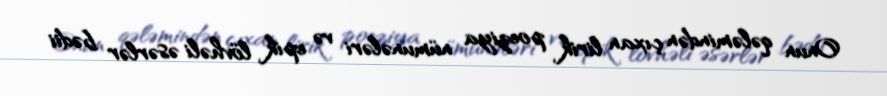
Onun qələmindən çıxan lirik poeziya nümunələri və epik lövhəli əsərlər bədii